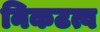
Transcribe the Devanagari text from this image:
निकटत्व